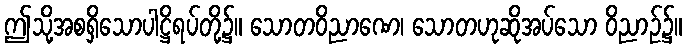
ဤသို့အစရှိသောပါဋ္ဌိရပ်တို့၌။ သောတဝိညာဏေ၊ သောတဟုဆိုအပ်သော ဝိညာဉ်၌။